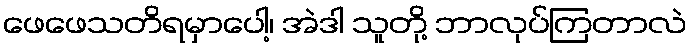
ဖေဖေသတိရမှာပေါ့၊ အဲဒါ သူတို့ ဘာလုပ်ကြတာလဲ